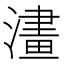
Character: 澅